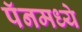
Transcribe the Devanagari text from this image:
पॅनमध्ये